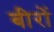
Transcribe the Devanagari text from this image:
बीरों